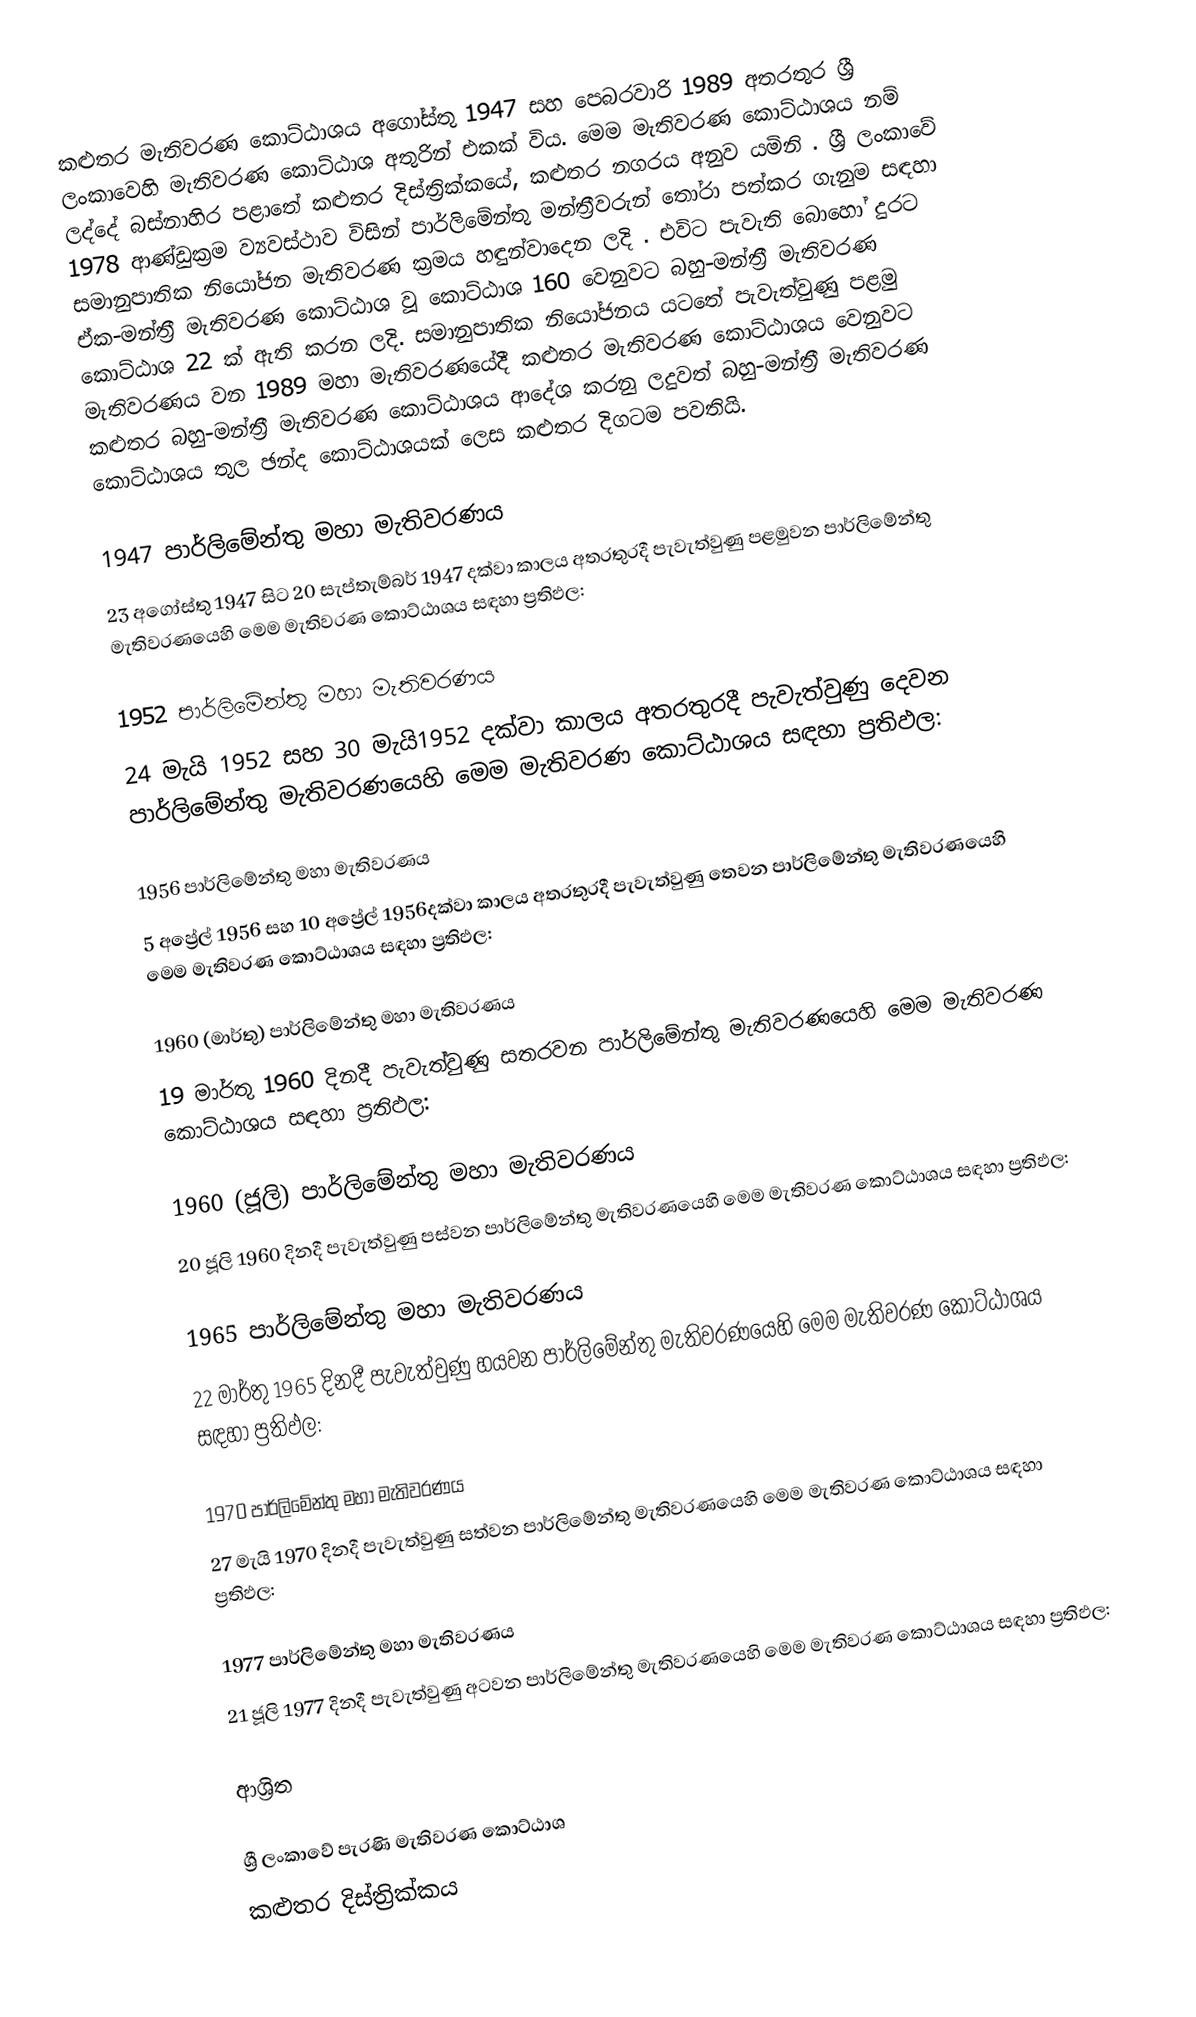
කළුතර මැතිවරණ කොට්ඨාශය  අගෝස්තු 1947 සහ පෙබරවාරි 1989 අතරතුර  ශ්‍රී ලංකාවෙහි  මැතිවරණ කොට්ඨාශ අතුරින් එකක් විය. මෙම මැතිවරණ කොට්ඨාශය නම් ලද්දේ  බස්නාහිර පළාතේ  කළුතර දිස්ත්‍රික්කයේ,  කළුතර නගරය අනුව යමිනි . ශ්‍රී ලංකාවේ 1978 ආණ්ඩුක්‍රම ව්‍යවස්ථාව විසින්   පාර්ලිමේන්තු මන්ත්‍රීවරුන් තෝරා පත්කර ගැනුම සඳහා සමානුපාතික නියෝජන මැතිවරණ ක්‍රමය හඳුන්වාදෙන ලදි . එවිට පැවැති බොහෝ දුරට  ඒක-මන්ත්‍රී මැතිවරණ කොට්ඨාශ වූ කොට්ඨාශ 160 වෙනුවට බහු-මන්ත්‍රී මැතිවරණ කොට්ඨාශ 22 ක් ඇති කරන ලදි. සමානුපාතික නියෝජනය යටතේ  පැවැත්වුණු පළමු මැතිවරණය වන 1989 මහා මැතිවරණයේදී  කළුතර මැතිවරණ කොට්ඨාශය වෙනුවට  කළුතර බහු-මන්ත්‍රී මැතිවරණ කොට්ඨාශය  ආදේශ කරනු ලදුවත් බහු-මන්ත්‍රී මැතිවරණ කොට්ඨාශය තුල ඡන්ද කොට්ඨාශයක් ලෙස කළුතර දිගටම පවතියි.

1947 පාර්ලිමේන්තු මහා මැතිවරණය
23 අගෝස්තු 1947 සිට 20 සැප්තැම්බර් 1947 දක්වා කාලය අතරතුරදී  පැවැත්වුණු  පළමුවන පාර්ලිමේන්තු මැතිවරණයෙහි මෙම මැතිවරණ කොට්ඨාශය සඳහා ප්‍රතිඵල:

1952 පාර්ලිමේන්තු මහා මැතිවරණය
24 මැයි 1952 සහ 30 මැයි1952 දක්වා කාලය අතරතුරදී  පැවැත්වුණු  දෙවන පාර්ලිමේන්තු මැතිවරණයෙහි මෙම මැතිවරණ කොට්ඨාශය සඳහා ප්‍රතිඵල:

1956 පාර්ලිමේන්තු මහා මැතිවරණය
5 අප්‍රේල් 1956 සහ 10 අප්‍රේල් 1956දක්වා කාලය අතරතුරදී  පැවැත්වුණු  තෙවන පාර්ලිමේන්තු මැතිවරණයෙහි මෙම මැතිවරණ කොට්ඨාශය සඳහා ප්‍රතිඵල:

1960 (මාර්තු) පාර්ලිමේන්තු මහා මැතිවරණය
19 මාර්තු 1960 දිනදී  පැවැත්වුණු  සතරවන පාර්ලිමේන්තු මැතිවරණයෙහි මෙම මැතිවරණ කොට්ඨාශය සඳහා ප්‍රතිඵල:

1960 (ජූලි) පාර්ලිමේන්තු මහා මැතිවරණය
20 ජූලි 1960 දිනදී  පැවැත්වුණු  පස්වන පාර්ලිමේන්තු මැතිවරණයෙහි මෙම මැතිවරණ කොට්ඨාශය සඳහා ප්‍රතිඵල:

1965 පාර්ලිමේන්තු මහා මැතිවරණය
22 මාර්තු 1965  දිනදී  පැවැත්වුණු  හයවන පාර්ලිමේන්තු මැතිවරණයෙහි මෙම මැතිවරණ කොට්ඨාශය සඳහා ප්‍රතිඵල:

1970 පාර්ලිමේන්තු මහා මැතිවරණය
27 මැයි 1970 දිනදී  පැවැත්වුණු  සත්වන පාර්ලිමේන්තු මැතිවරණයෙහි මෙම මැතිවරණ කොට්ඨාශය සඳහා ප්‍රතිඵල:

1977 පාර්ලිමේන්තු මහා මැතිවරණය
21 ජූලි 1977 දිනදී  පැවැත්වුණු  අටවන පාර්ලිමේන්තු මැතිවරණයෙහි මෙම මැතිවරණ කොට්ඨාශය සඳහා ප්‍රතිඵල:

ආශ්‍රිත

ශ්‍රී ලංකාවේ පැරණි මැතිවරණ කොට්ඨාශ
 කළුතර දිස්ත්‍රික්කය